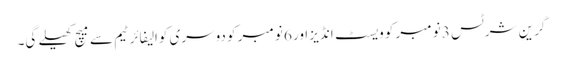
گرین شرٹس 3 نومبر کو ویسٹ انڈیز اور 6 نومبر کو دوسری کوالیفائر ٹیم سے میچ کھیلے گی۔